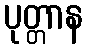
ပုတ္တာန